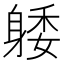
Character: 躷